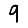
Digit: 9